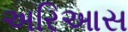
અરિઆસ